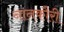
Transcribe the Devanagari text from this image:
नानकौरी